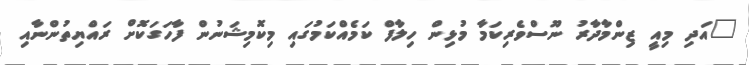
"އަދި މިއީ ޒިންމާދާރު ނޫސްވެރިކަމާ މުޅިން ހިލާފް ކަމެއްކަމުގައި މިކޮމިޝަނުން ފާހަގަކޮށް ރައްޔިތުންނާއި